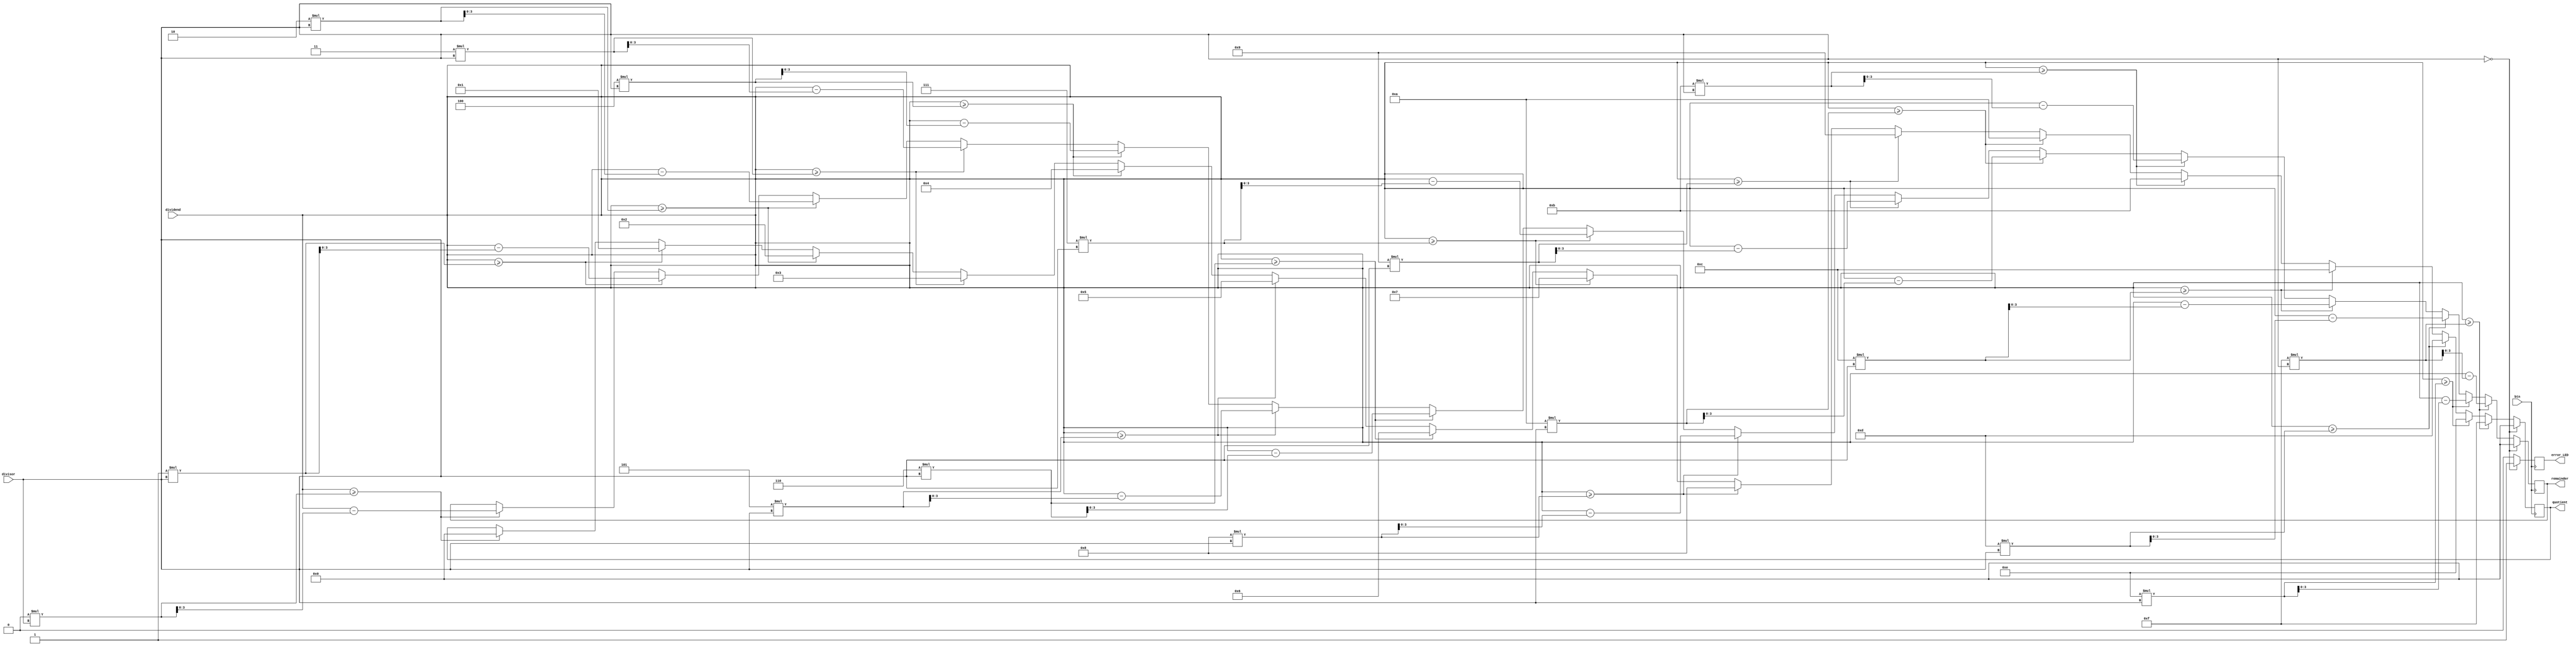
`timescale 1ns / 1ps
//////////////////////////////////////////////////////////////////////////////////
// Company: 
// Engineer: 
// 
// Design Name: 
// Module Name: divider_4bit
// Project Name: 
// Target Devices: 
// Tool Versions: 
// Description: 
// 
// Dependencies: 
// 
// Revision:
// Revision 0.01 - File Created
// Additional Comments:
// 
//////////////////////////////////////////////////////////////////////////////////


module divider_4bit(btn, dividend, divisor, quotient, remainder, error_LED);
    input btn;
    input [3:0] dividend, divisor;
    output reg [3:0] quotient, remainder;
    output reg error_LED;
    integer idx;

    always@(posedge btn) begin
        if (divisor == 0) begin
            quotient <= 4'b0;
            remainder <= 4'b0;
            error_LED <= 1;
        end else begin
            error_LED <= 0;
            for (idx=0; idx<16; idx=idx+1) begin
                if (dividend >= idx * divisor) begin
                    quotient <= idx;
                    remainder <= dividend - idx * divisor;
                end
            end
        end        
    end
endmodule